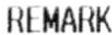
REMARK